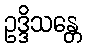
ဥဒ္ဒိသန္တေ